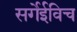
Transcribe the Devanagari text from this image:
सर्गेईविच